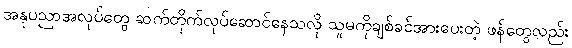
အနုပညာအလုပ်တွေ ဆက်တိုက်လုပ်ဆောင်နေသလို သူမကိုချစ်ခင်အားပေးတဲ့ ဖန်တွေလည်း